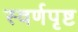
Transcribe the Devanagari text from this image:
स्वर्णपृष्ट